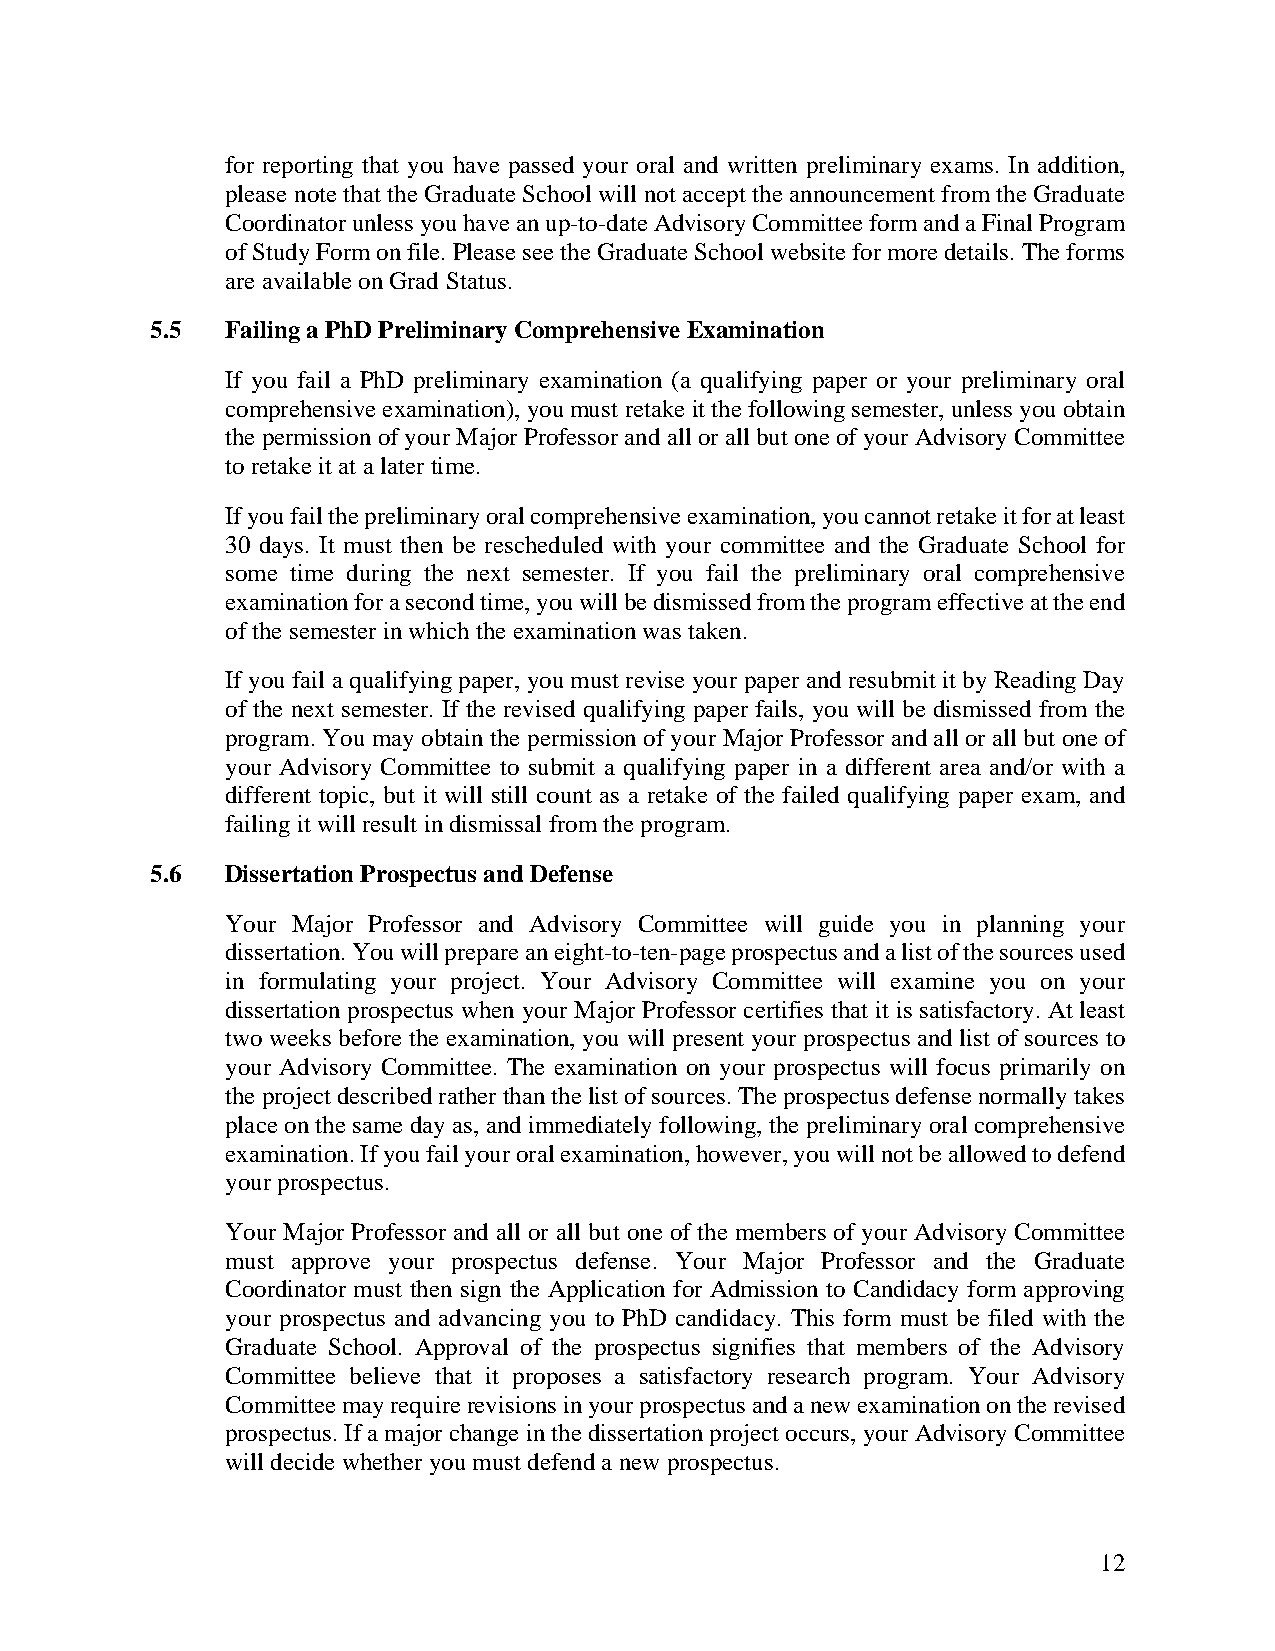
for reporting that you have passed your oral and written preliminary exams. In addition,
 please note that the Graduate School will not accept the announcement from the Graduate
 Coordinator unless you have an up-to-date Advisory Committee form and a Final Program
 of Study Form on file. Please see the Graduate School website for more details. The forms
 are available on Grad Status.
 5.5  Failing a PhD Preliminary Comprehensive Examination
 If you fail a PhD preliminary examination (a qualifying paper or your preliminary oral
 comprehensive examination), you must retake it the following semester, unless you obtain
 the permission of your Major Professor and all or all but one of your Advisory Committee
 to retake it at a later time.
 If you fail the preliminary oral comprehensive examination, you cannot retake it for at least
 30 days. It must then be rescheduled with your committee and the Graduate School for
 some time during the next semester. If you fail the preliminary oral comprehensive
 examination for a second time, you will be dismissed from the program effective at the end
 of the semester in which the examination was taken.
 If you fail a qualifying paper, you must revise your paper and resubmit it by Reading Day
 of the next semester. If the revised qualifying paper fails, you will be dismissed from the
 program. You may obtain the permission of your Major Professor and all or all but one of
 your Advisory Committee to submit a qualifying paper in a different area and/or with a
 different topic, but it will still count as a retake of the failed qualifying paper exam, and
 failing it will result in dismissal from the program.
 5.6  Dissertation Prospectus and Defense
 Your Major Professor and Advisory Committee will guide you in planning your
 dissertation. You will prepare an eight-to-ten-page prospectus and a list of the sources used
 in formulating your project. Your Advisory Committee will examine you on your
 dissertation prospectus when your Major Professor certifies that it is satisfactory. At least
 two weeks before the examination, you will present your prospectus and list of sources to
 your Advisory Committee. The examination on your prospectus will focus primarily on
 the project described rather than the list of sources. The prospectus defense normally takes
 place on the same day as, and immediately following, the preliminary oral comprehensive
 examination. If you fail your oral examination, however, you will not be allowed to defend
 your prospectus.
 Your Major Professor and all or all but one of the members of your Advisory Committee
 must approve your prospectus defense. Your Major Professor and the Graduate
 Coordinator must then sign the Application for Admission to Candidacy form approving
 your prospectus and advancing you to PhD candidacy. This form must be filed with the
 Graduate School. Approval of the prospectus signifies that members of the Advisory
 Committee believe that it proposes a satisfactory research program. Your Advisory
 Committee may require revisions in your prospectus and a new examination on the revised
 prospectus. If a major change in the dissertation project occurs, your Advisory Committee
 will decide whether you must defend a new prospectus.
 12